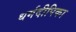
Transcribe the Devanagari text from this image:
धर्मदीपिका